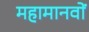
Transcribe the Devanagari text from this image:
महामानवों